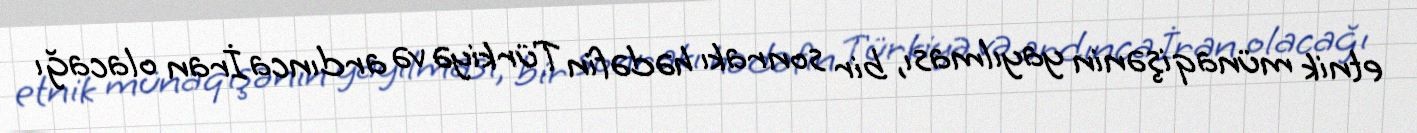
etnik münaqişənin yayılması, bir sonrakı hədəfin Türkiyə və ardınca İran olacağı